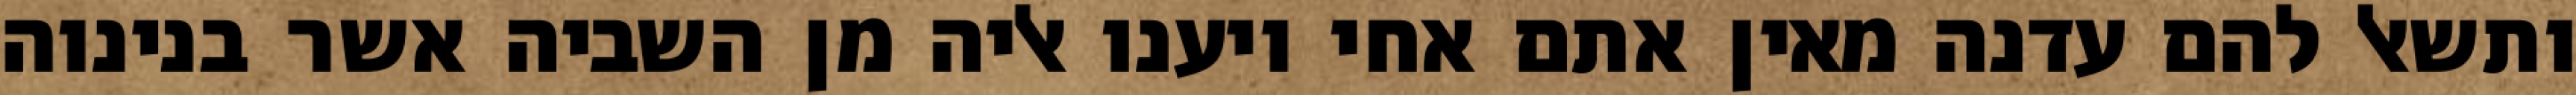
ותשאל להם עדנה מאין אתם אחי ויענו אליה מן השביה אשר בנינוה